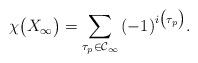
LaTeX: \begin{align*}\chi\bigl(X_\infty\bigr)=\sum_{\tau_p\in\mathcal{C}_\infty}\,(-1)^{i\bigl(\tau_p\bigr)}.\end{align*}